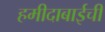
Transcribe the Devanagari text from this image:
हमीदाबाईची